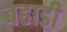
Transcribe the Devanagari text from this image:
बहाडी